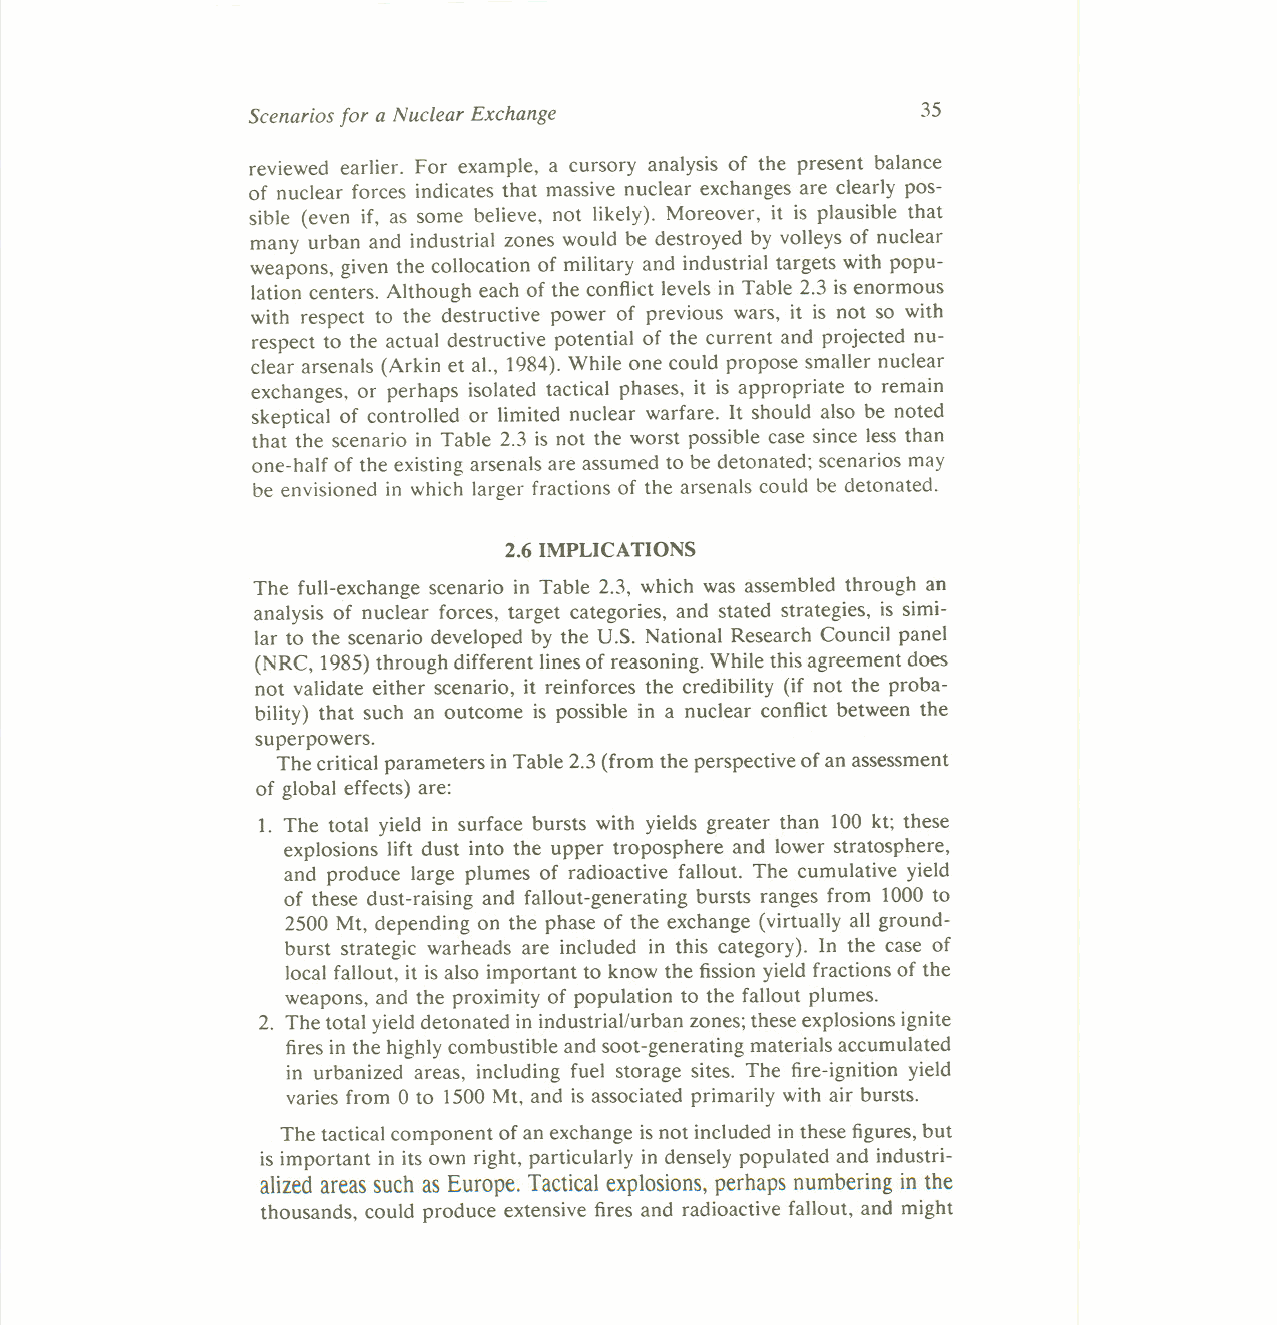
35
 Scenarios for a Nuclear Exchange
 reviewed earlier. For example, a cursory analysis of the present balance
 of nuclear forces indicates that massive nuclear exchanges are clearly pos-
 sible (even if, as some believe, not likely). Moreover, it is plausible that
 many urban and industrial zones would be destroyed by volleys of nuclear
 weapons, given the collocation of military and industrial targets with popu-
 lation centers. Although each of the conflict levels in Table 2.3 isenormous
 with respect to the destructive power of previous wars, it is not so with
 respect to the actual destructive potential of the current and projected nu-
 clear arsenals (Arkin et aI., 1984). While one could propose smaller nuclear
 exchanges, or perhaps isolated tactical phases, it is appropriate to remain
 skeptical of controlled or limited nuclear warfare. It should also be noted
 that the scenario in Table 2.3 is not the worst possible case since less than
 one-half of the existing arsenals are assumed to be detonated; scenarios may
 be envisioned in which larger fractions of the arsenals could be detonated.
 2.6 IMPLICATIONS
 The full-exchange scenario in Table 2.3, which was assembled through an
 analysis of nuclear forces, target categories, and stated strategies, is simi-
 lar to the scenario developed by the U.S. National Research Council panel
 (NRC, 1985) through different lines of reasoning. While this agreement does
 not validate either scenario, it reinforces the credibility (if not the proba-
 bility) that such an outcome is possible in a nuclear conflict between the
 superpowers.
 The critical parameters in Table 2.3(from the perspective of an assessment
 of global effects) are:
 1. The total yield in surface bursts with yields greater than 100 kt; these
 explosions lift dust into the upper troposphere and lower stratosphere,
 and produce large plumes of radioactive fallout. The cumulative yield
 of these dust-raising and fallout-generating bursts ranges from 1000 to
 2500 Mt, depending on the phase of the exchange (virtually all ground-
 burst strategic warheads are included in this category). In the case of
 local fallout, it isalso important to know the fission yield fractions of the
 weapons, and the proximity of population to the fallout plumes.
 2. The total yield detonated in industrial/urban zones; these explosions ignite
 fires in the highly combustible and soot-generating materials accumulated
 in urbanized areas, including fuel storage sites. The fire-ignition yield
 varies from 0 to 1500 Mt, and isassociated primarily with air bursts.
 The tactical component of an exchange isnot included inthese figures, but
 isimportant in its own right, particularly in densely populated and industri-
 alizedareassuchasEurope. Tacticalexplosions,perhapsnumbering in the
 thousands, could produce extensive fires and radioactive fallout, and might